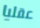
عقليا